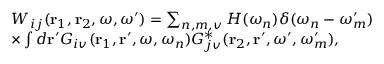
\begin{array} { r l } & { W _ { i j } ( { \bf r } _ { 1 } , { \bf r } _ { 2 } , \omega , \omega ^ { \prime } ) = \sum _ { n , m , v } H ( \omega _ { n } ) \delta ( \omega _ { n } - \omega _ { m } ^ { \prime } ) } \\ & { \times \int d { \bf r } ^ { \prime } G _ { i v } ( { \bf r } _ { 1 } , { \bf r } ^ { \prime } , \omega , \omega _ { n } ) G _ { j v } ^ { * } ( { \bf r } _ { 2 } , { \bf r } ^ { \prime } , \omega ^ { \prime } , \omega _ { m } ^ { \prime } ) , } \end{array}